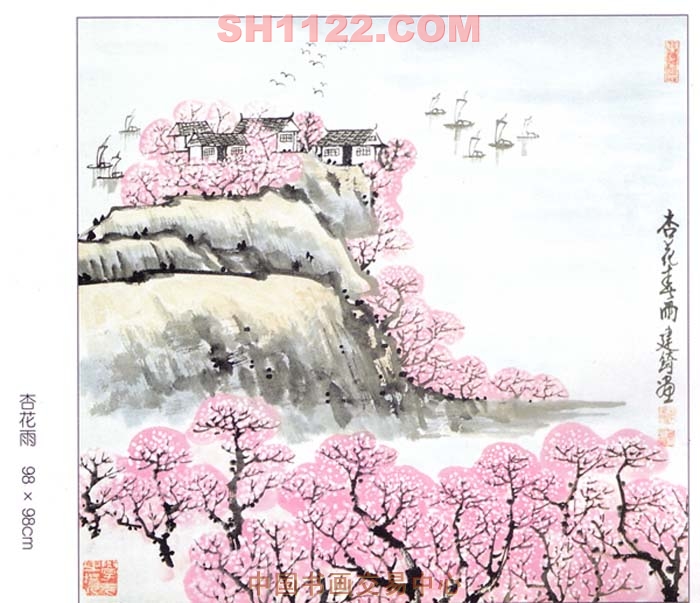
杏花无处避春愁，也傍野烟发。